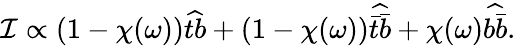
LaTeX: {\cal I}\propto(1-\chi(\omega))\widehat{tb}+(1-\chi(\omega))\widehat{\bar{t}\bar{b}}+\chi(\omega)\widehat{b\bar{b}}.